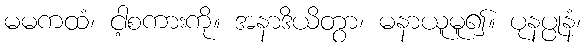
မမကထံ၊ ငါ့စကားကို။ အနာဒိယိတွာ၊ မနာယူမူ၍။ ပုနပ္ပုနံ၊